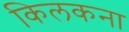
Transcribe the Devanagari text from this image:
किलकना